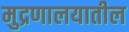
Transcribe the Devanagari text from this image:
मुद्रणालयातील